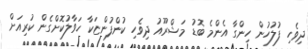
ދިވެހި ފުލުހުން ހިންގާ އެންމެ ބޮޑު މަޝްރޫއު ދިވެހި ކުންފުންޏަކާ ހަވާލުކޮށްގެން ކުރިއަށް